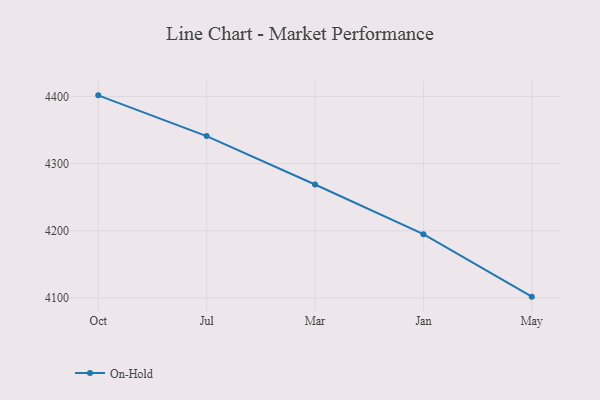
{"axis": {"x": "Month", "y": "Operating Costs (USD K)"}, "legend": ["On-Hold"], "data": [{"x": "Oct", "y": 4401.6, "type": "On-Hold"}, {"x": "Jul", "y": 4340.9, "type": "On-Hold"}, {"x": "Mar", "y": 4268.9, "type": "On-Hold"}, {"x": "Jan", "y": 4194.9, "type": "On-Hold"}, {"x": "May", "y": 4101.9, "type": "On-Hold"}]}